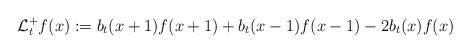
LaTeX: \begin{align*}\mathcal{L}_{t}^{+}f(x):=b_{t}(x+1)f(x+1)+b_{t}(x-1)f(x-1)-2b_{t}(x)f(x)\end{align*}